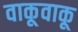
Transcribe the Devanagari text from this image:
वाकूवाकू